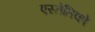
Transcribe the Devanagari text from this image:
एस्तेतिको